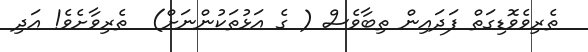
ތެރިވެވޮޑިގަތް ފަދައިން ތިބާވެސް ( ގެ އަޅުތަކުންނަށް)  ތެރިވާށެވެ! އަދި